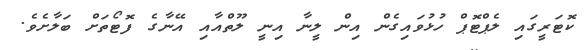
ކޮޓަރީގައި ލެޕްޓޮޕް ހުޅުވައިގެން އިން ލީނާ އިނީ ލޫތްއާއި އޭނާގެ ފޮޓޯތަށް ބަލާށެވެ.